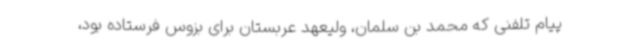
پیام تلفنی که محمد بن سلمان، ولیعهد عربستان برای بزوس فرستاده بود،